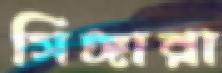
সিঙ্গারা